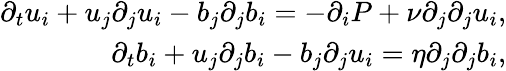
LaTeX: \begin{array}{r}{\partial_{t}u_{i}+u_{j}\partial_{j}u_{i}-b_{j}\partial_{j}b_{i}=-\partial_{i}P+\nu\partial_{j}\partial_{j}u_{i},}\\ {\partial_{t}b_{i}+u_{j}\partial_{j}b_{i}-b_{j}\partial_{j}u_{i}=\eta\partial_{j}\partial_{j}b_{i},}\end{array}